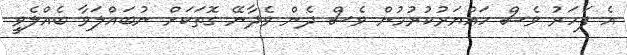
އެ ފަހަރު ވެސް ހައްޔަރުކުރުމުން ވެސް ދެން ވެދާނޭ ގޮތަކަށް ނުބައްލަވާ ބެއްލެވީ